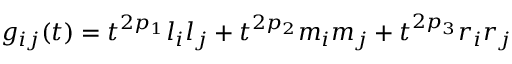
g _ { i j } ( t ) = t ^ { 2 p _ { 1 } } l _ { i } l _ { j } + t ^ { 2 p _ { 2 } } m _ { i } m _ { j } + t ^ { 2 p _ { 3 } } r _ { i } r _ { j }